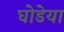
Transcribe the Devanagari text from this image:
घोडेया